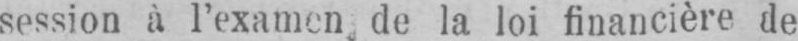
session à l’examen, de la loi financière de